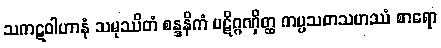
သကဋဝါဟာနံ သမုဿိတံ စန္ဒနိကံ ပဋိဂ္ဂဏှိတ္ထ ကပ္ပသတသဟဿံ စာရော